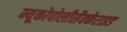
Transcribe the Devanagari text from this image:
म्यूकोपोलीसैक्केराइड